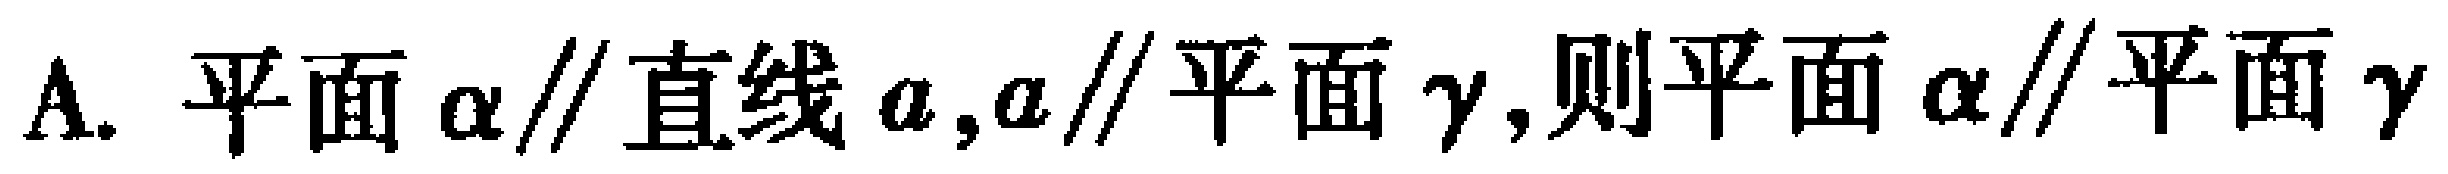
A. 平面$\alpha\parallel$直线$a,a\parallel$平面$\gamma$,则平面$\alpha\parallel$平面$\gamma$